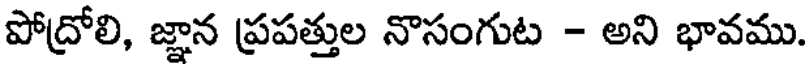
పోద్రోలి, జ్ఞాన ప్రపత్తుల నొసంగుట - అని భావము.